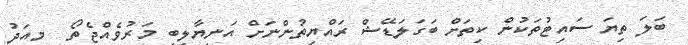
ބަލަ ތިޔަ ސައިޓުތަކުން ކިތަށް ބަގަލަޑޭޝް ރައްޔިތުންނަށް އަނިޔާލިބި މަރުވެއްޖެތޯ  މިއަދު